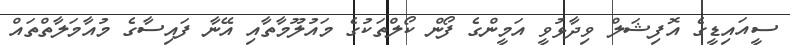
ސީއައިޑީގެ އޮފިޝަލް ވިދާޅުވީ އަމީންގެ ފޯން ކޯލްތަކުގެ މައުލޫމާތާއި އޭނާ ފައިސާގެ މުއާމަލާތްތައް